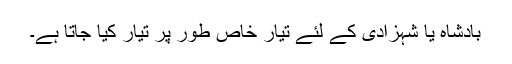
بادشاہ یا شہزادی کے لئے تیار خاص طور پر تیار کیا جاتا ہے۔